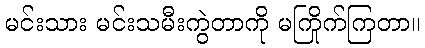
မင်းသား မင်းသမီးကွဲတာကို မကြိုက်ကြတာ။